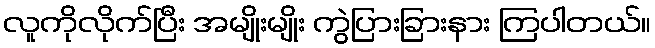
လူကိုလိုက်ပြီး အမျိုးမျိုး ကွဲပြားခြားနား ကြပါတယ်။